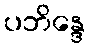
ပဘိန္ဒေ